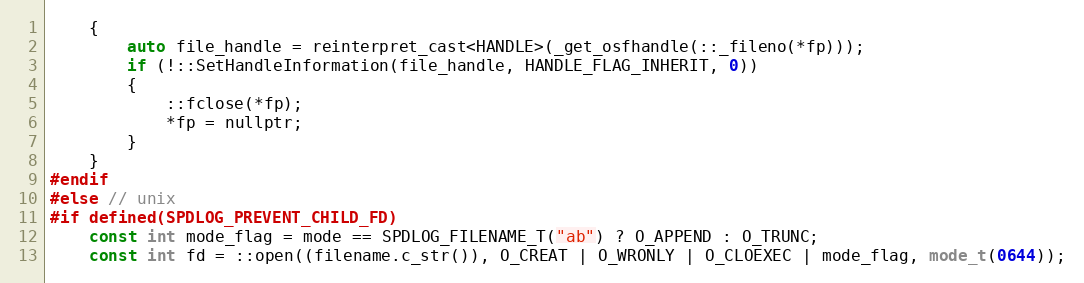
Language: C
    {
        auto file_handle = reinterpret_cast<HANDLE>(_get_osfhandle(::_fileno(*fp)));
        if (!::SetHandleInformation(file_handle, HANDLE_FLAG_INHERIT, 0))
        {
            ::fclose(*fp);
            *fp = nullptr;
        }
    }
#endif
#else // unix
#if defined(SPDLOG_PREVENT_CHILD_FD)
    const int mode_flag = mode == SPDLOG_FILENAME_T("ab") ? O_APPEND : O_TRUNC;
    const int fd = ::open((filename.c_str()), O_CREAT | O_WRONLY | O_CLOEXEC | mode_flag, mode_t(0644));